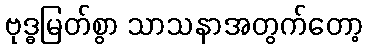
ဗုဒ္ဓမြတ်စွာ သာသနာအတွက်တော့